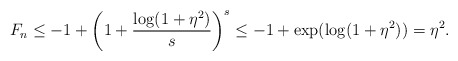
\begin{align*}F_n\le-1+\left(1+\frac{\log(1+\eta^2)}{s}\right)^s\le -1+\exp(\log(1+\eta^2))=\eta^2.\end{align*}